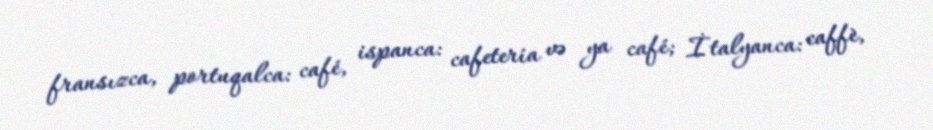
fransızca, portuqalca: café, ispanca: cafetería və ya café; İtalyanca: caffè,